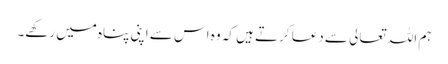
ہم اللہ تعالی سے دعا کرتے ہیں کہ وہ اس سے اپنی پناہ میں رکھے۔